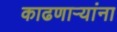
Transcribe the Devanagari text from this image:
काढणाऱ्यांना